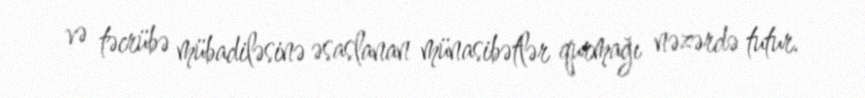
və təcrübə mübadiləsinə əsaslanan münasibətlər qurmağı nəzərdə tutur.